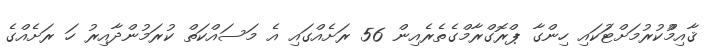
ޤާއިމްުކުރުމަށްޓަުކައި ހިންގާ ޕްރޮގްރާމްގެތެރެއިން 56 ރަށެއްގައި އެ މަސައްކަތް ކުރަމުންދާއިރު ހަ ރަށެއްގެ